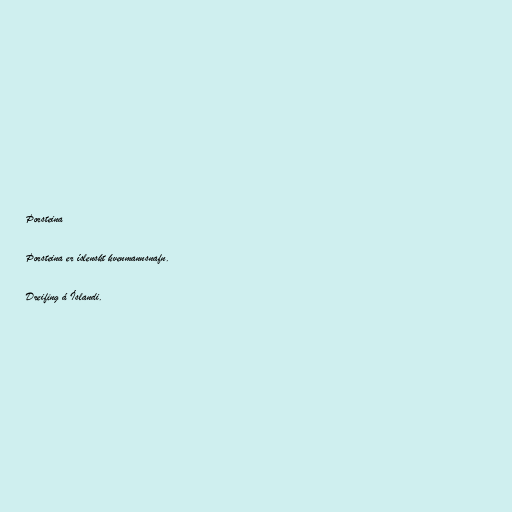
Þorsteina

Þorsteina er íslenskt kvenmannsnafn.

Dreifing á Íslandi.